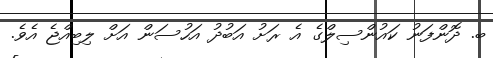
ބ. ދޮންފަނު ކައުންސިލްގެ އެ ރަށު އަބުދު އަހުސަން އަށް ލިބިއްޖެ އެވެ.